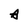
Character: A